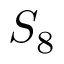
S _ { 8 }